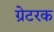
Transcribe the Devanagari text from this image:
ग्रेटरक